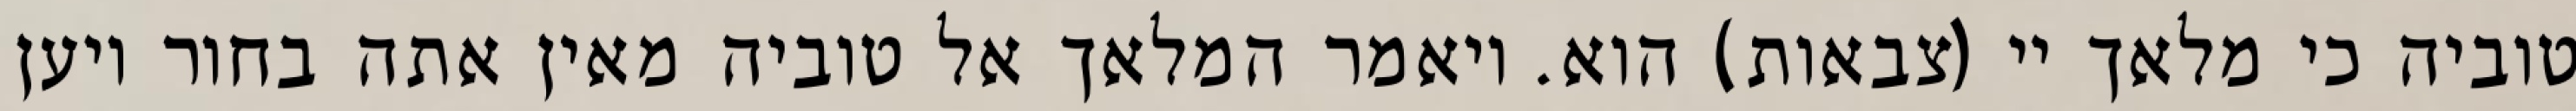
טוביה כי מלאך יי (צבאות) הוא. ויאמר המלאך אל טוביה מאין אתה בחור ויען